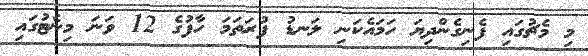
މި މެޗުގައި ފެނިގެންދިޔަ ހަމައެކަނި ލަނޑު ފުރަތަމަ ހާފުގެ 12 ވަނަ މިނެޓުގައި